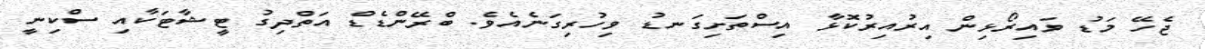
ޖެހޭ މަޑު ވައިރޯޅިން އިރުއިރުކޮޅާ އިސްތަށިގަނޑު ވިހުރިގަނެއެވެ. ބްރޭންޑެޑް އަތްދިގު ޓީޝާޓަކާއި ސްކިނީ